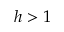
h > 1